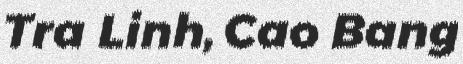
Tra Linh, Cao Bang